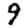
Digit: 9